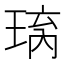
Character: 𱯅